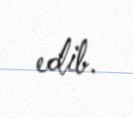
edib.